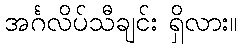
အင်္ဂလိပ်သီချင်း ရှိလား။